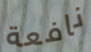
نافعة